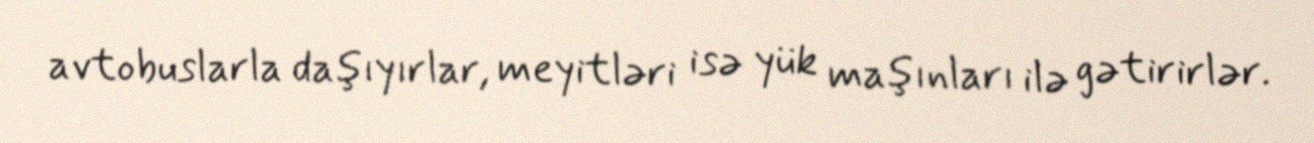
avtobuslarla daşıyırlar, meyitləri isə yük maşınları ilə gətirirlər.